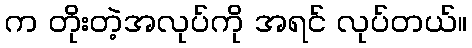
က တိုးတဲ့အလုပ်ကို အရင် လုပ်တယ်။